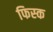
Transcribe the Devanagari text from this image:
फिस्‍क